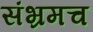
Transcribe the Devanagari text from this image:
संभ्रमच